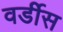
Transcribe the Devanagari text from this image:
वर्डीस